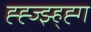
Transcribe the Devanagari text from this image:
ह्ह्ज्झ्ह्ह्ग